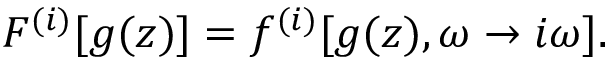
F ^ { ( i ) } [ g ( z ) ] = f ^ { ( i ) } [ g ( z ) , \omega \rightarrow i \omega ] .